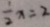
\frac { 1 } { 2 } x = 2